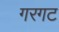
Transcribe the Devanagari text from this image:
गरगट